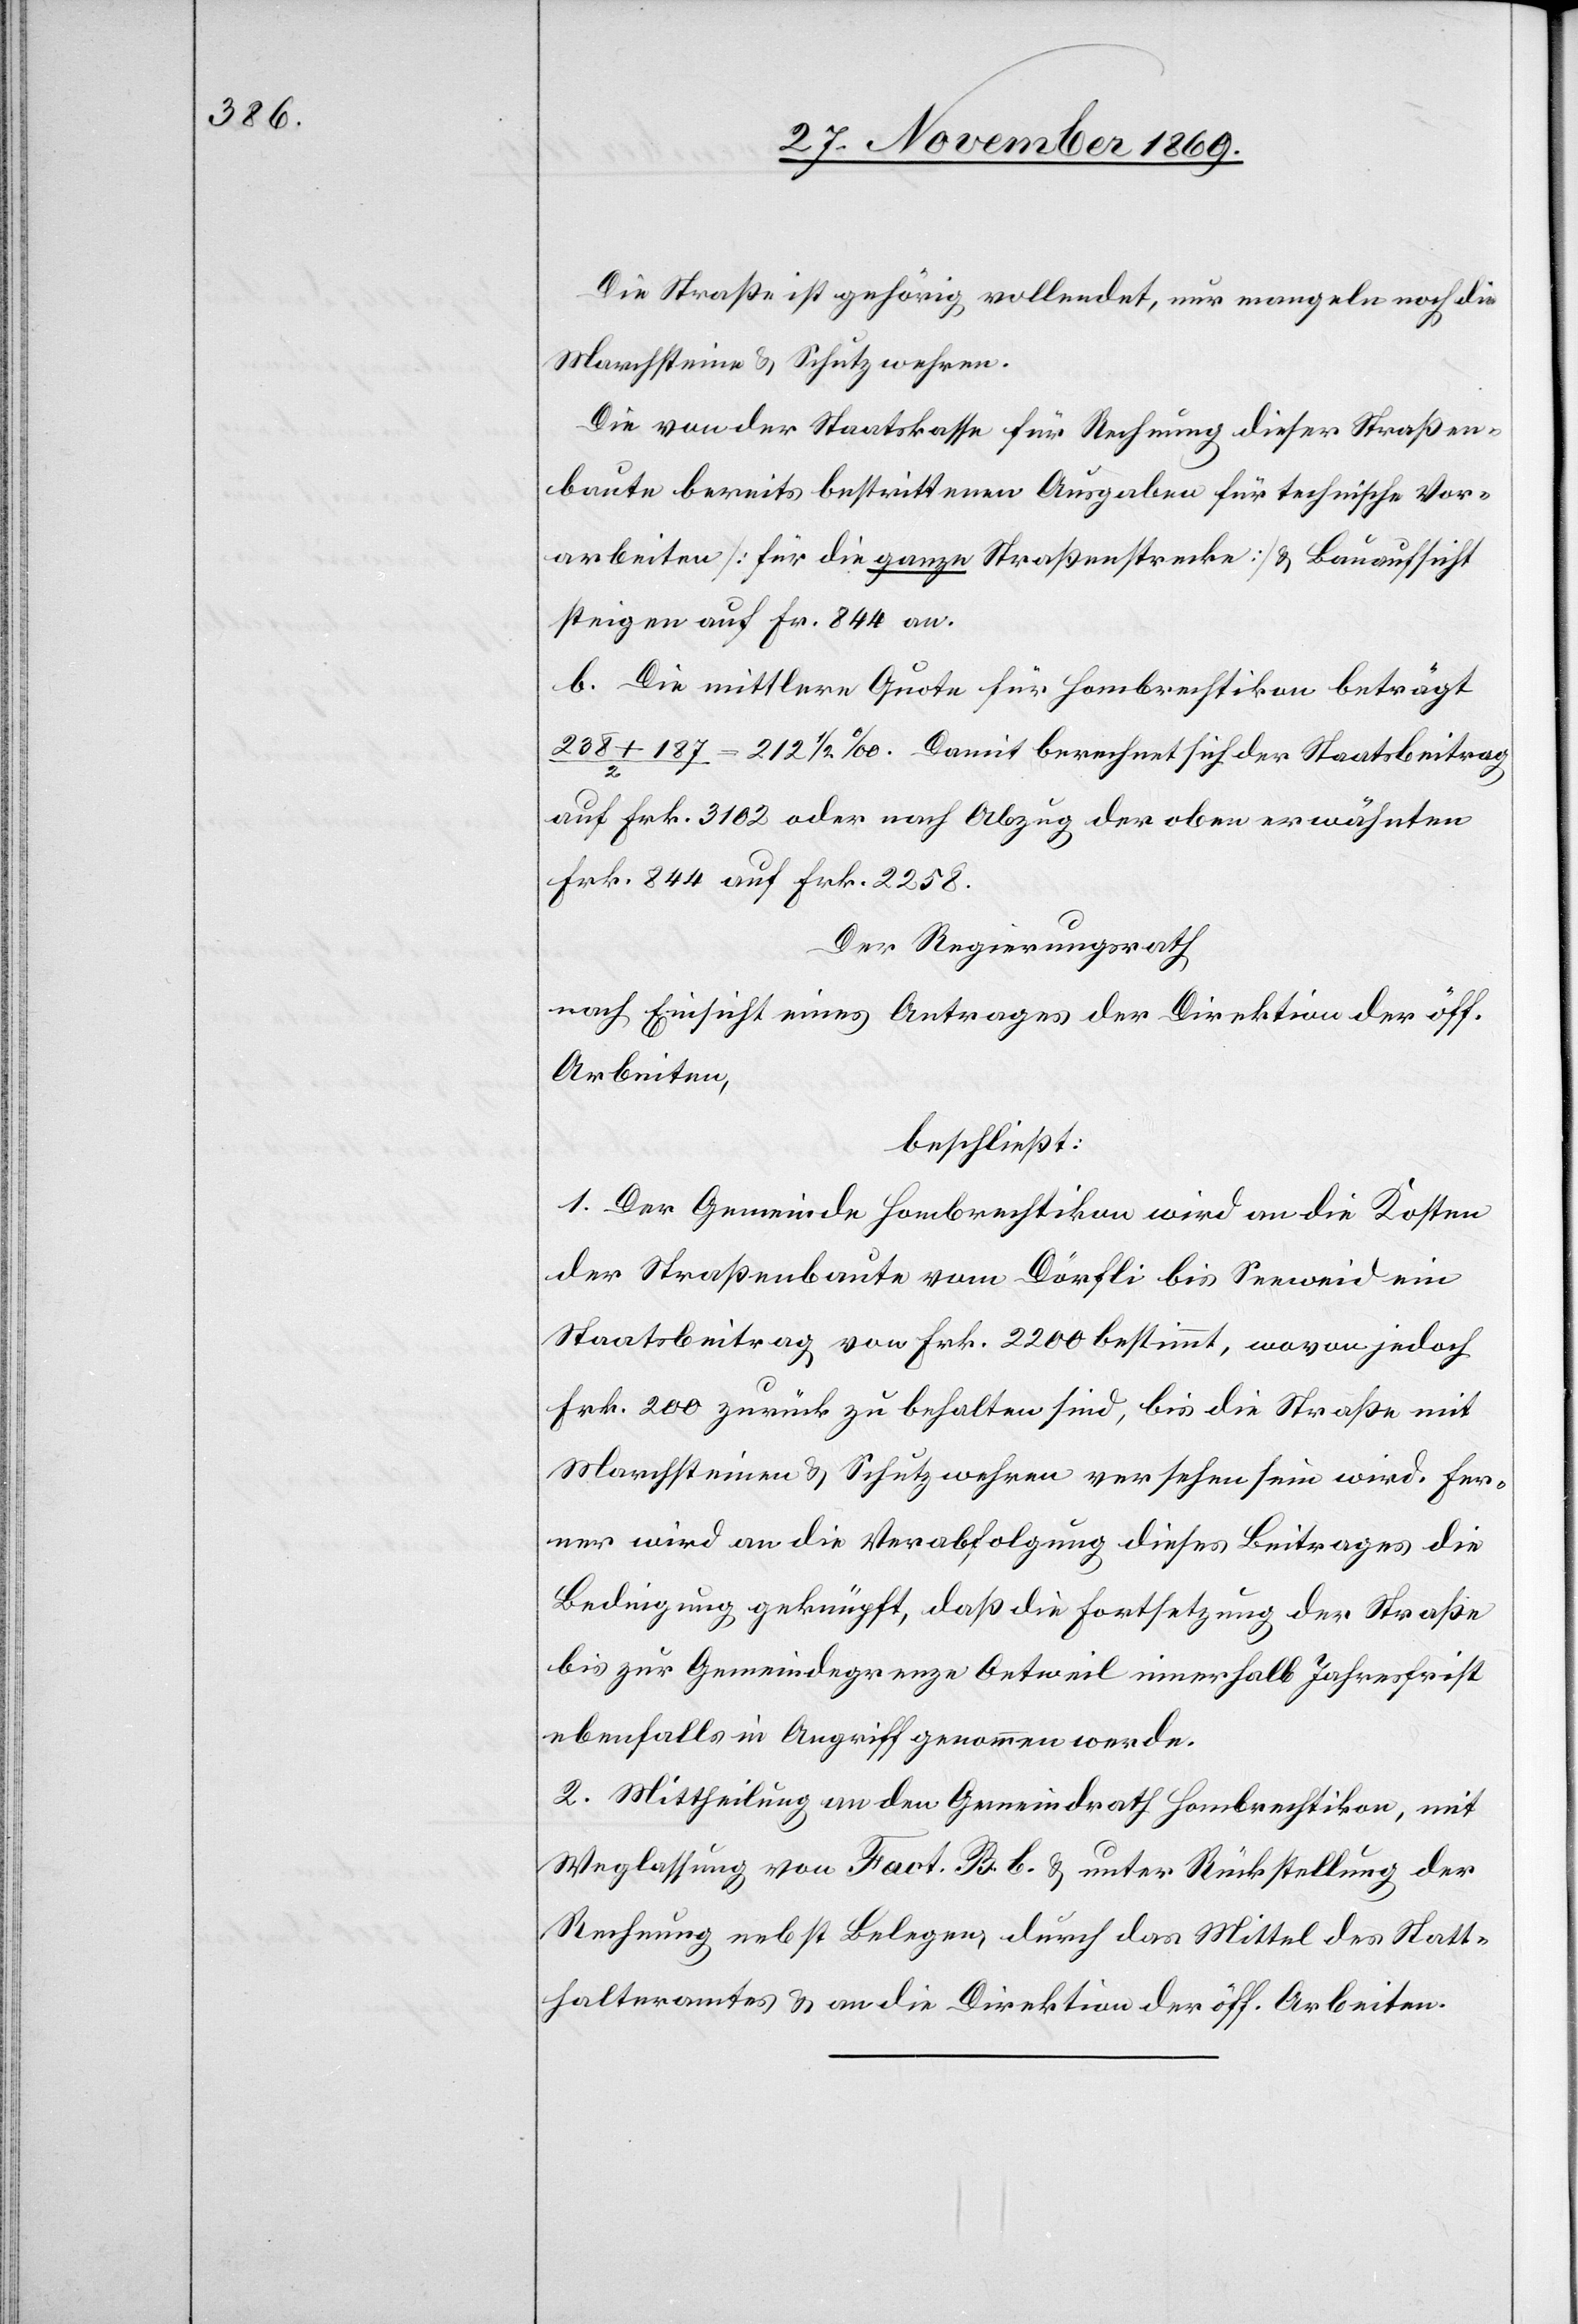
Die Straße ist gehörig vollendet, nur mangeln noch die
Marchsteine & Schutzwehren.
Die von der Staatskasse für Rechnung dieser Straßen¬
baute bereits bestrittenen Ausgaben für technische Vor¬
arbeiten [für die ganze Straßenstrecke] & Bauaufsicht
steigen auf Fr. 844 an.
b. Die mittlere Quote für Hombrechtikon beträgt
238 + 187 / 2 = 212 1/2 ‰. Damit berechnet sich der Staatsbeitrag
auf Frk. 3102 oder nach Abzug der oben erwähnten
Frk. 844 auf Frk. 2258.
Der Regierungsrath
nach Einsicht eines Antrages der Direktion der öff.
Arbeiten,
beschließt:
1. Der Gemeinde Hombrechtikon wird an die Kosten
der Straßenbaute vom Dörfli bis Seeweid ein
Staatsbeitrag von Frk. 2200 bestimmt, wovon jedoch
Frk. 200 zurück zu behalten sind, bis die Straße mit
Marchsteinen & Schutzwehren versehen sein wird. Fer¬
ner wird an die Verabfolgung dieses Beitrages die
Bedingung geknüpft, daß die Fortsetzung der Straße
bis zur Gemeindegrenze Oetweil innerhalb Jahresfrist
ebenfalls in Angriff genommen werde.
2. Mittheilung an den Gemeindrath Hombrechtikon, mit
Weglassung von Fact. B. b. & unter Rückstellung der
Rechnung nebst Belegen, durch das Mittel des Statt¬
halteramtes & an die Direktion der öff. Arbeiten.